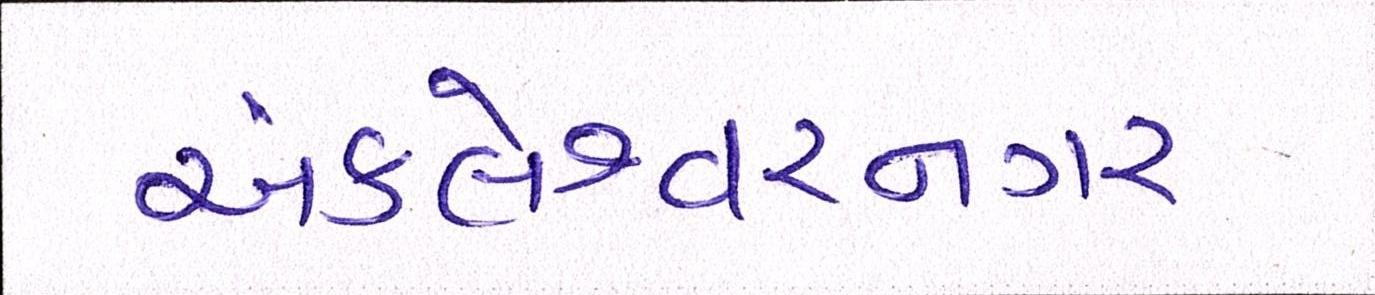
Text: અંકલેશ્વરનગર